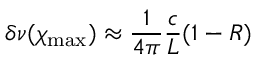
\delta \nu ( \chi _ { \mathrm { m a x } } ) \approx \frac { 1 } { 4 \pi } \frac { c } { L } ( 1 - R )